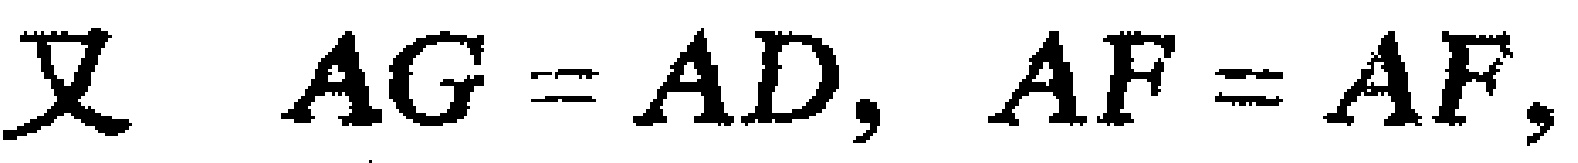
又 \(AG = AD, AF = AF,\)